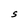
Character: S